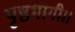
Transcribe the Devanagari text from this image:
पृष्ठभागी।।